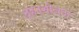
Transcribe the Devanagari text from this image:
दहनशीलता